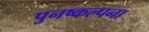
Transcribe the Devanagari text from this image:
पुनष्कल्पना